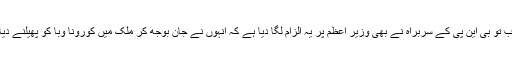
اب تو بی این پی کے سربراہ نے بھی وزیر اعظم پر یہ الزام لگا دیا ہے کہ انہوں نے جان بوجھ کر ملک میں کورونا وبا کو پھیلنے دیا۔